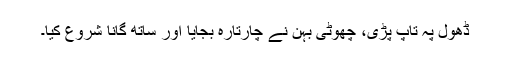
ڈھول پہ تاپ پڑی، چھوٹی بہن نے چارتارہ بجایا اور ساتھ گانا شروع کیا۔